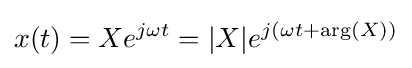
x(t)=Xe^{j\omega t}=|X|e^{j(\omega t+\arg(X))}